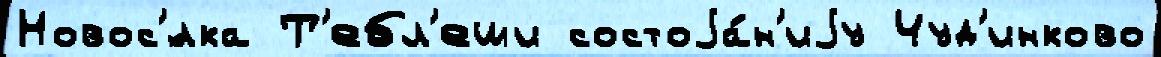
Новос'́лка Т'ебл'еши состоjа́н'иjу Чуд'инково